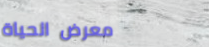
معرض الحياة